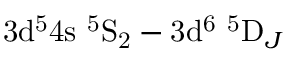
\mathrm { 3 d ^ { 5 } 4 s \ ^ { 5 } S _ { 2 } } - \mathrm { 3 d ^ { 6 } \ ^ { 5 } D } _ { J }